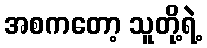
အစကတော့ သူတို့ရဲ့